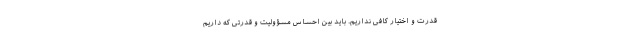
قدرت و اختیار کافی نداریم. باید بین احساس مسؤولیت و قدرتی که داریم